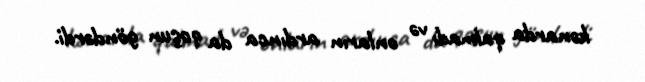
kənarda qalmadı və onların ardınca da qoşun göndərdi.